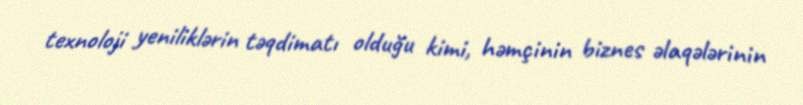
texnoloji yeniliklərin təqdimatı olduğu kimi, həmçinin biznes əlaqələrinin